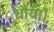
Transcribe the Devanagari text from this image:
धौया।